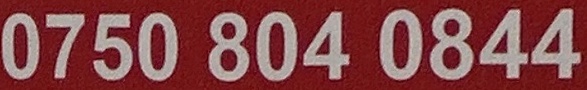
0750 804 0844